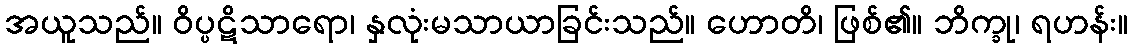
အယူသည်။ ဝိပ္ပဋိသာရော၊ နှလုံးမသာယာခြင်းသည်။ ဟောတိ၊ ဖြစ်၏။ ဘိက္ခု၊ ရဟန်း။